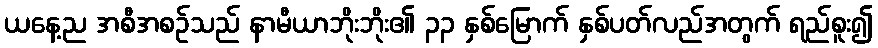
ယနေ့ည အစီအစဉ်သည် နာမီယာဘိုးဘိုး၏ ၃၃ နှစ်မြောက် နှစ်ပတ်လည်အတွက် ရည်စူး၍